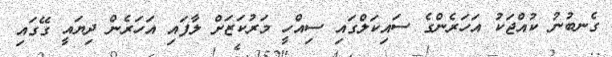
ގެނބުނު ކުއްޖަކު އަހަރެންގެ ސައިކަލްގައި ސިއްހީ މަރުކަޒަށް ލާފައި އަހަރެން ދިޔައީ ގޭގައި